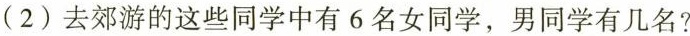
(2)去郊游的这些同学中有6名女同学，男同学有几名?